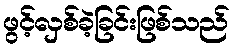
ဖွင့်လှစ်ခဲ့ခြင်းဖြစ်သည်